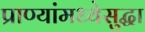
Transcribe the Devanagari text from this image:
प्राण्यांमध्येसुद्धा